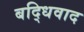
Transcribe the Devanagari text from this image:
बद्धिवाद